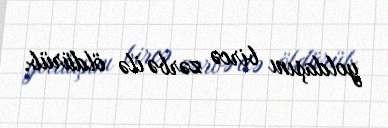
yoldaşını bircə zərbə ilə öldürüb.